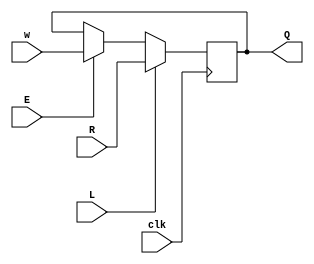
module top_module (
    input clk,
    input w, R, E, L,
    output Q
);
    
    always @(posedge clk) begin
        Q <= L==1'b1 ? R : (E==1'b1 ? w : Q );  
    end

endmodule